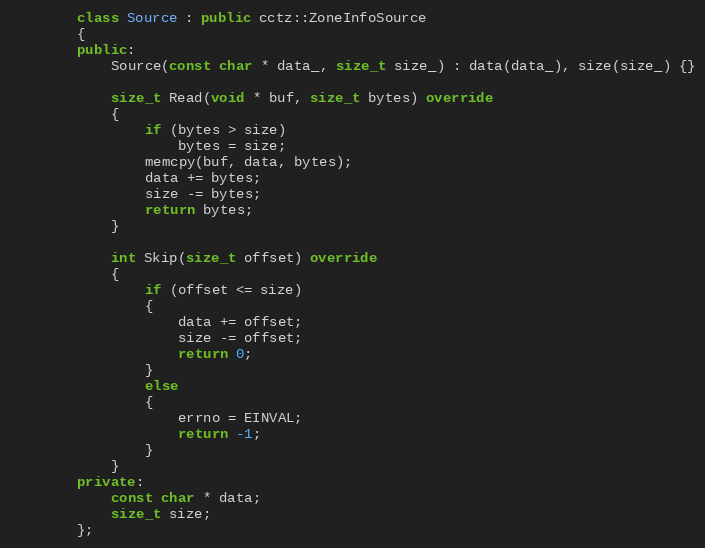
Language: C++
        class Source : public cctz::ZoneInfoSource
        {
        public:
            Source(const char * data_, size_t size_) : data(data_), size(size_) {}

            size_t Read(void * buf, size_t bytes) override
            {
                if (bytes > size)
                    bytes = size;
                memcpy(buf, data, bytes);
                data += bytes;
                size -= bytes;
                return bytes;
            }

            int Skip(size_t offset) override
            {
                if (offset <= size)
                {
                    data += offset;
                    size -= offset;
                    return 0;
                }
                else
                {
                    errno = EINVAL;
                    return -1;
                }
            }
        private:
            const char * data;
            size_t size;
        };